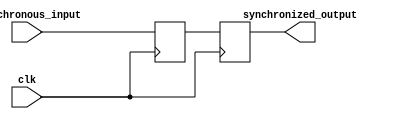
module two_flop_synchronizer (
    input wire clk,
    input wire asynchronous_input,
    output reg synchronized_output
);

reg ff1_output;
reg ff2_output;

always @(posedge clk) begin
    ff1_output <= asynchronous_input;
    ff2_output <= ff1_output;
end

assign synchronized_output = ff2_output;

endmodule